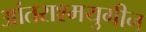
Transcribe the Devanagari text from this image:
आंतराश्मयुगीन